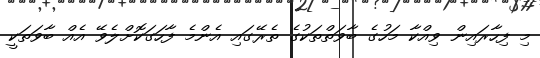
މި ފިހާރައިން ވިއްކާ މަހުގެ ބާވަތްތަކުގެ ތެރޭގައި އެންމެ ފާހަގަކޮށްލެވޭ އެއް ބާވަތަކީ